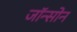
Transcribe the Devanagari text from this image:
जॉन्सोन